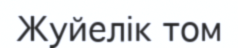
Жуйелік том